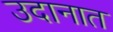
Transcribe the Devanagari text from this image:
उदानात